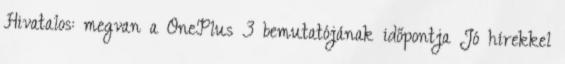
Hivatalos: megvan a OnePlus 3 bemutatójának időpontja Jó hírekkel